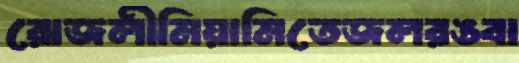
রোজলীমিয়ামিতেজলরঙবা